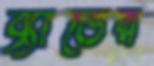
ব্র্যাডের